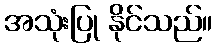
အသုံးပြု နိုင်သည်။